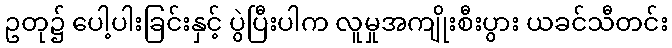
ဥတု၌ ပေါ့ပါးခြင်းနှင့် ပွဲပြီးပါက လူမှုအကျိုးစီးပွား ယခင်သီတင်း